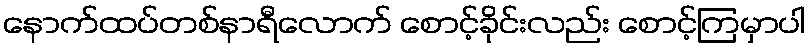
နောက်ထပ်တစ်နာရီလောက် စောင့်ခိုင်းလည်း စောင့်ကြမှာပါ